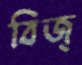
বিজ্